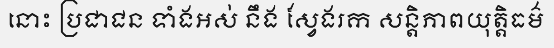
នោះ ប្រជាជន ទាំងអស់ នឹង ស្វែងរក សន្តិភាពយុត្តិធម៌